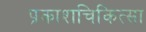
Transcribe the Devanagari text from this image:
प्रकाशचिकित्सा